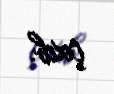
çıxıb.